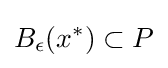
B_{\epsilon }(x^{\ast })\subset P